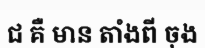
ជ គឺ មាន តាំងពី ចុង